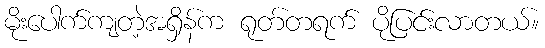
မိုးပေါက်ကျတဲ့အရှိန်က ရုတ်တရက် ပိုပြင်းလာတယ်။